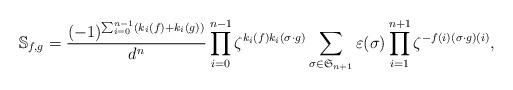
LaTeX: \begin{align*} \mathbb{S}_{f,g} = \frac{(-1)^{\sum_{i=0}^{n-1}(k_i(f)+k_i(g))}}{d^n}\prod_{i=0}^{n-1}\zeta^{k_i(f)k_i(\sigma\cdot g)}\sum_{\sigma\in\mathfrak{S}_{n+1}}\varepsilon(\sigma)\prod_{i=1}^{n+1}\zeta^{-f(i)(\sigma \cdot g)(i)}, \end{align*}